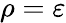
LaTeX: \rho=\varepsilon